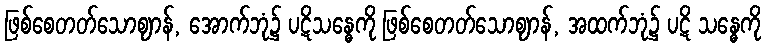
ဖြစ်စေတတ်သောဈာန်, အောက်ဘုံ၌ ပဋိသန္ဓေကို ဖြစ်စေတတ်သောဈာန်, အထက်ဘုံ၌ ပဋိ သန္ဓေကို